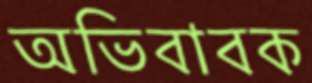
অভিবাবক